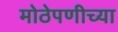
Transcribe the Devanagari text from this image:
मोठेपणीच्या